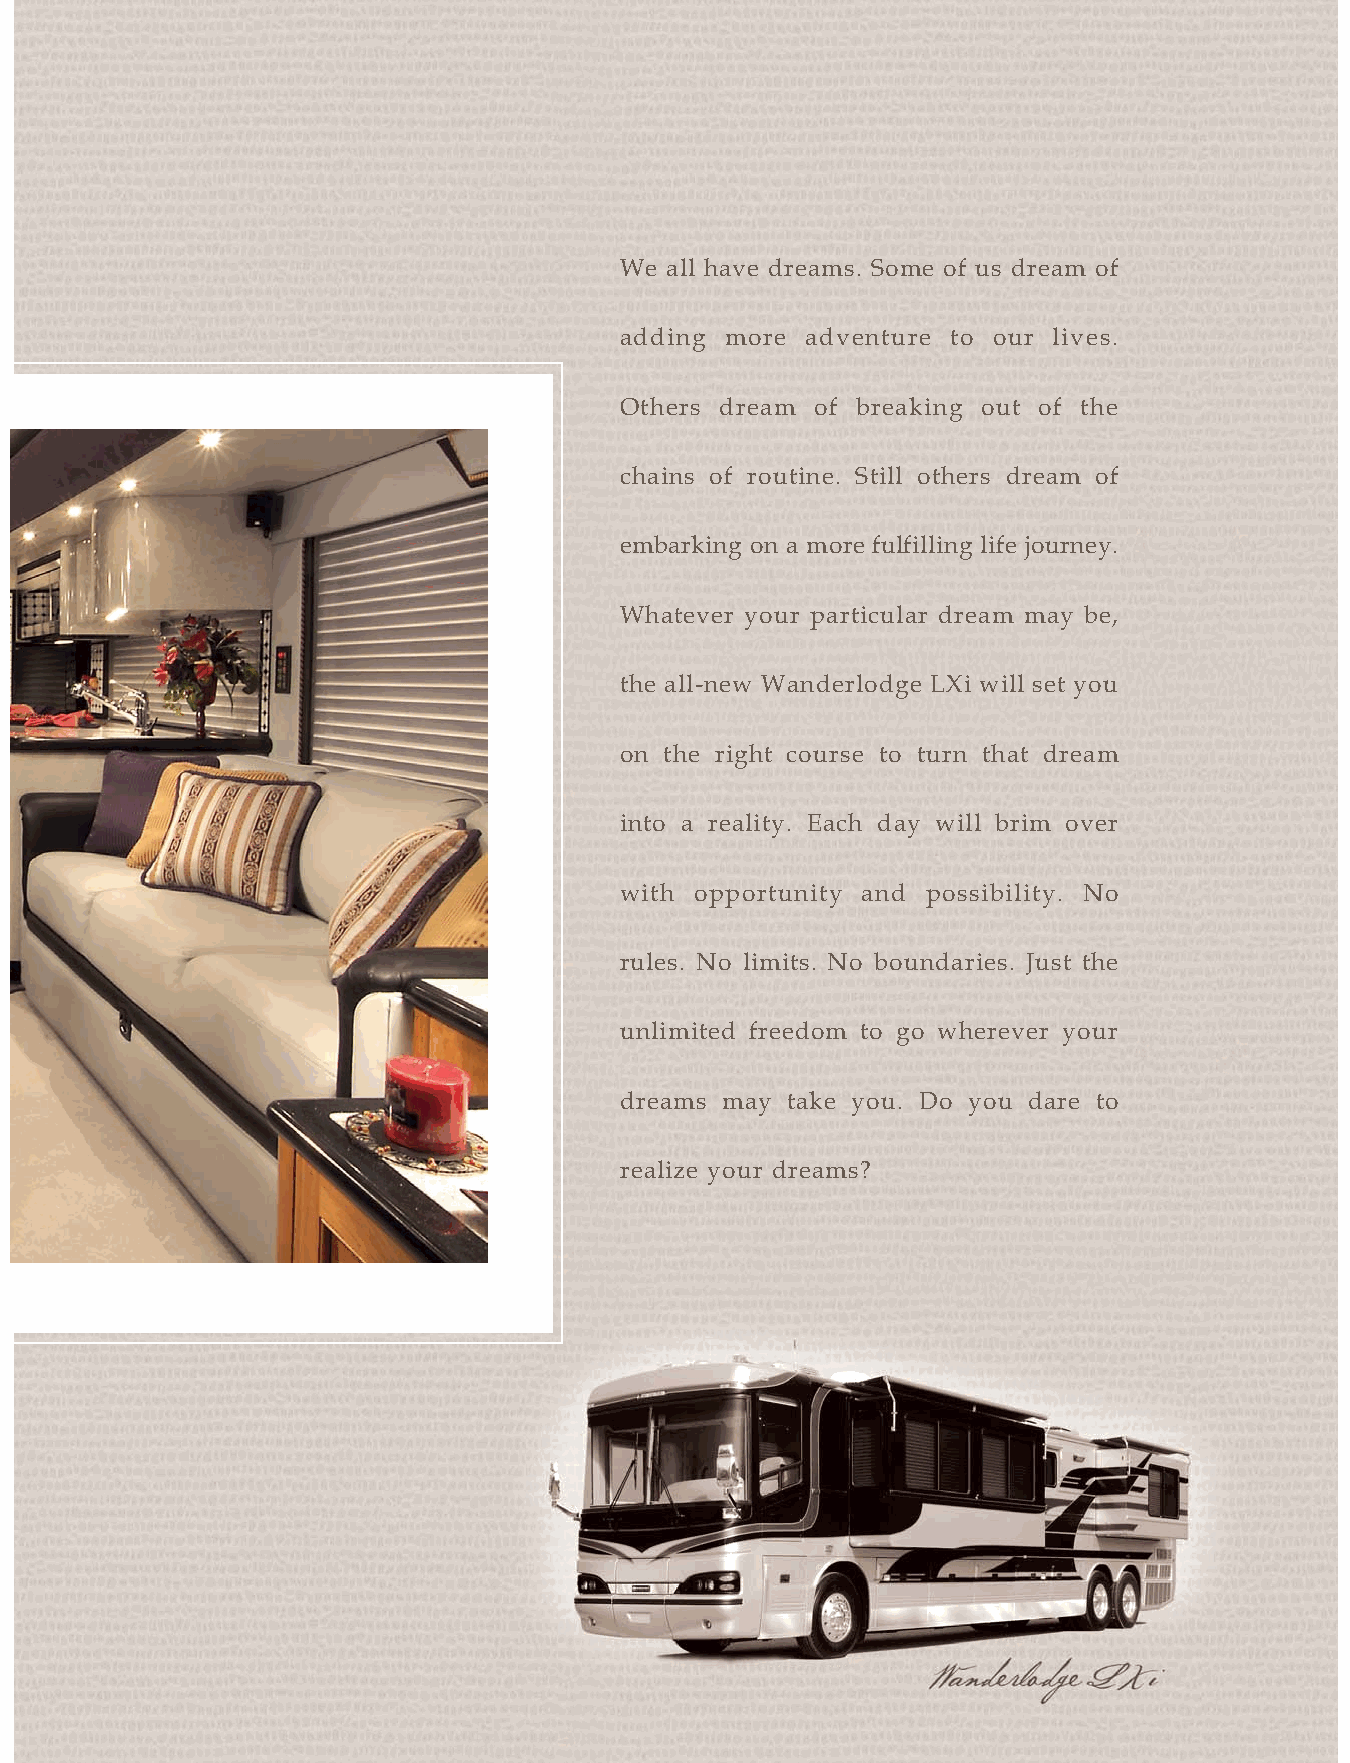
We all have dreams. Some of us dream of
 adding more adventure to our lives.
 Others dream of breaking out of the
 chains of routine. Still others dream of
 embarking on a more fulfilling life journey.
 Whatever your particular dream may be,
 the all-new Wanderlodge LXi will set you
 on the right course to turn that dream
 into a reality. Each day will brim over
 with opportunity and possibility. No
 rules. No limits. No boundaries. Just the
 unlimited freedom to go wherever your
 dreams may take you. Do you dare to
 realize your dreams?